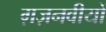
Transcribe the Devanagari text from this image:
ग़ज़नवीयों